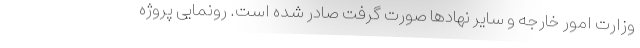
وزارت امور خارجه و سایر نهادها صورت گرفت صادر شده است. رونمایی پروژه